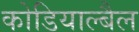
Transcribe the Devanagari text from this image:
कोडियाल्बैल